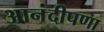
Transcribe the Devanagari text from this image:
आनंदीपणा